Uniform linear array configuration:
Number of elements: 32
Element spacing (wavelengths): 1
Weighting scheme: cosine
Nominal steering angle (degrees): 0
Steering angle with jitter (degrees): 0.1564
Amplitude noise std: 0.05
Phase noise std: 0.05

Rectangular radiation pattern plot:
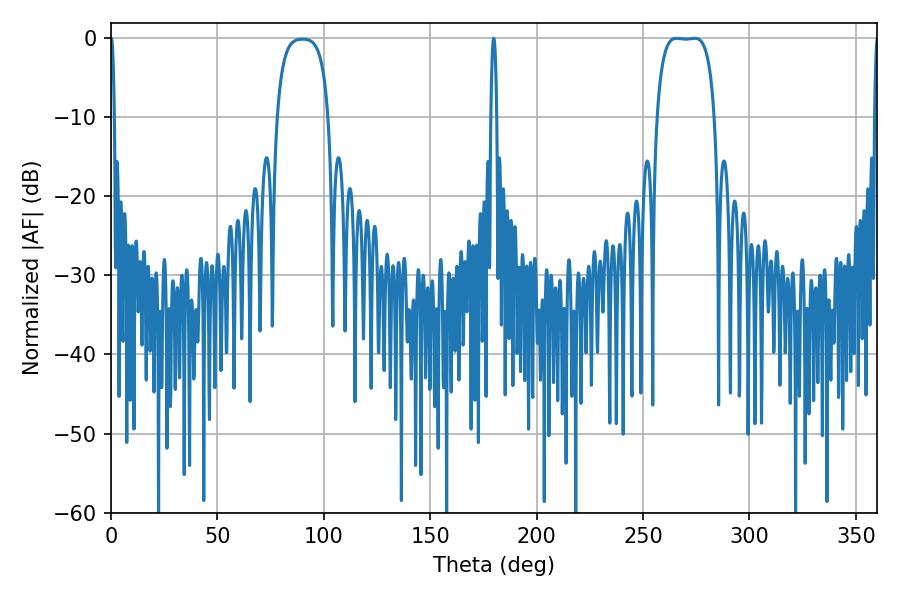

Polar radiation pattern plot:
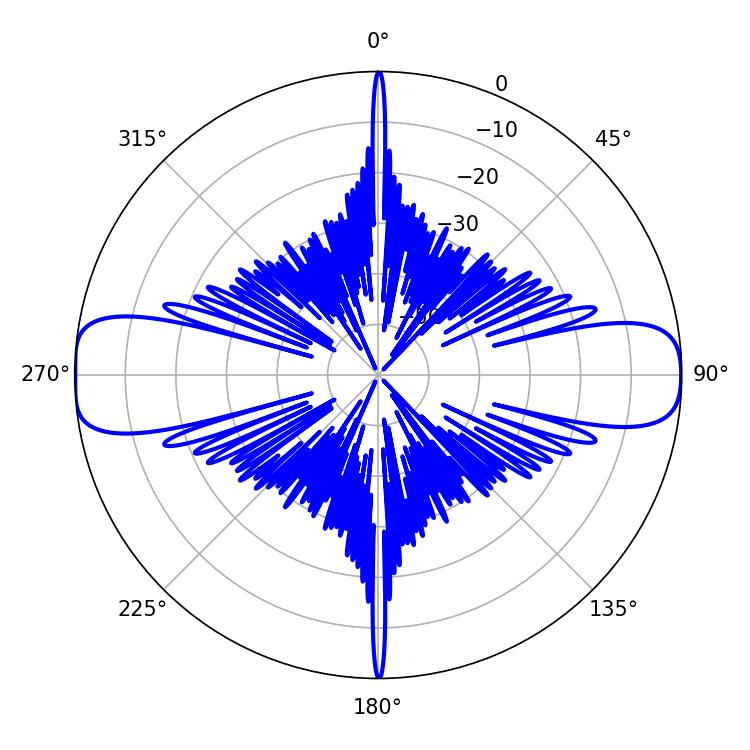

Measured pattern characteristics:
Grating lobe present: TRUE
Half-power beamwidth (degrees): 21.24
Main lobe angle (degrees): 265.68